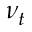
\nu _ { t }